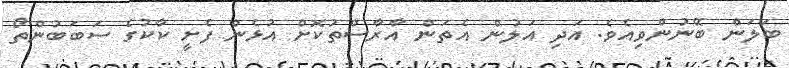
ބަލަން ބޭނުންވިއެވެ. އަދި އަލުން އެތަން އާރާސްތުކޮށް އުޅެން ފެށީ ކާކުގެ ސަބަބުންތޯ